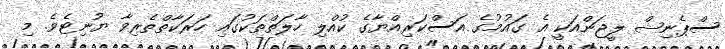
ސްޕެނިޝް ލީޖަންއަކީ އެ ގައުމުގެ އަސްކަރިއްޔާގެ ކުއްލި ހާލަތްތަކުގައި ހަރަކާތްތެރިވާ ޔުނިޓެވެ. މި